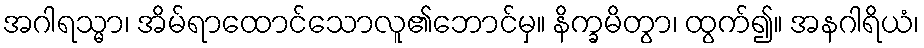
အဂါရသ္မာ၊ အိမ်ရာထောင်သောလူ၏ဘောင်မှ။ နိက္ခမိတွာ၊ ထွက်၍။ အနဂါရိယံ၊